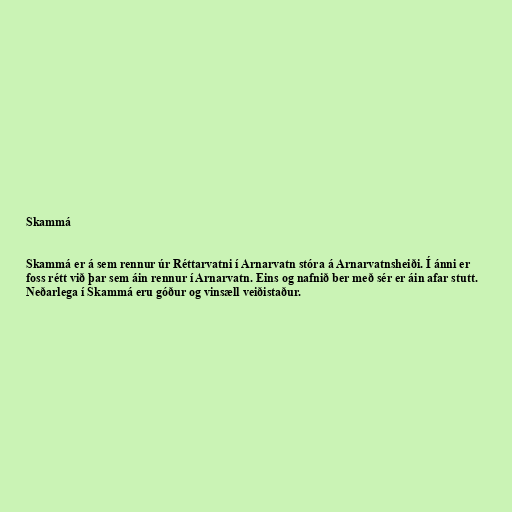
Skammá

Skammá er á sem rennur úr Réttarvatni í Arnarvatn stóra á Arnarvatnsheiði. Í ánni er
foss rétt við þar sem áin rennur í Arnarvatn. Eins og nafnið ber með sér er áin afar stutt.
Neðarlega í Skammá eru góður og vinsæll veiðistaður.